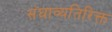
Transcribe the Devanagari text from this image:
संघाव्यतिरिक्त